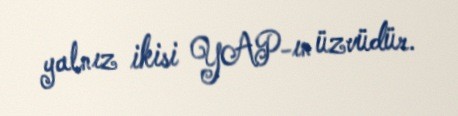
yalnız ikisi YAP-ın üzvüdür.